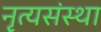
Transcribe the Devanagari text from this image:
नृत्यसंस्था